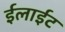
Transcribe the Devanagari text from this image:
ईलाईट